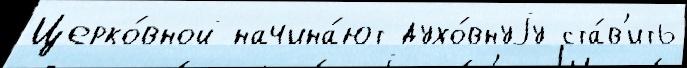
Церко́вной начина́ют духо́внуjу ста́в'ить